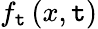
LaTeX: f_{\mathtt{t}}\left(x,\mathtt{t}\right)